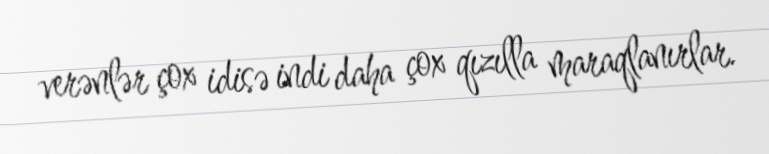
verənlər çox idisə indi daha çox qızılla maraqlanırlar.